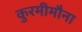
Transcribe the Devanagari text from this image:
कुरमीमौना